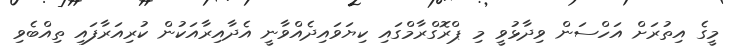
މީގެ އިތުރަށް އަހްސަން ވިދާޅުވީ މި ޕްރޮގްރާމްގައި ކިޔަވައިދެއްވާނީ އެދާއިރާއަކުން ކުރިއަރާފައި ތިއްބެވި